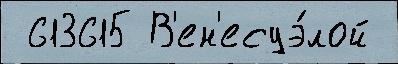
 613615 В'ен'есуэ́лой